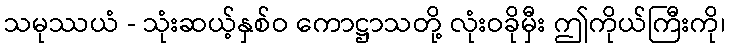
သမုဿယံ - သုံးဆယ့်နှစ်ဝ ကောဋ္ဌာသတို့ လုံးဝခိုမှီး ဤကိုယ်ကြီးကို၊